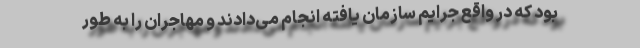
بود که در واقع جرایم سازمان یافته انجام می‌دادند و مهاجران را به طور